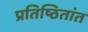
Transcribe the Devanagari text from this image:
प्रतिष्ठितांत